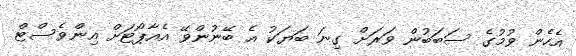
އެހެން ވުމުގެ ސަބަބުން ވަރަށް ގިނަ ބަޔަކު އެ ބޭނުންވޭ އެއާޕޯޓަށް އިންވެސްޓް